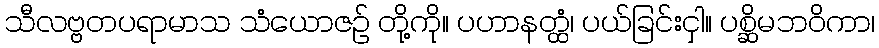
သီလဗ္ဗတပရာမာသ သံယောဇဉ် တို့ကို။ ပဟာနတ္ထံ၊ ပယ်ခြင်းငှါ။ ပစ္ဆိမဘဝိကာ၊